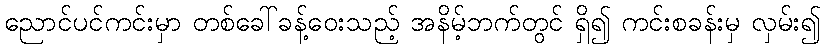
ညောင်ပင်ကင်းမှာ တစ်ခေါ်ခန့်ဝေးသည့် အနိမ့်ဘက်တွင် ရှိ၍ ကင်းစခန်းမှ လှမ်း၍